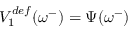
V _ { 1 } ^ { d e f } ( \omega ^ { - } ) = \Psi ( \omega ^ { - } )